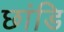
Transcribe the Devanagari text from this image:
छांडि